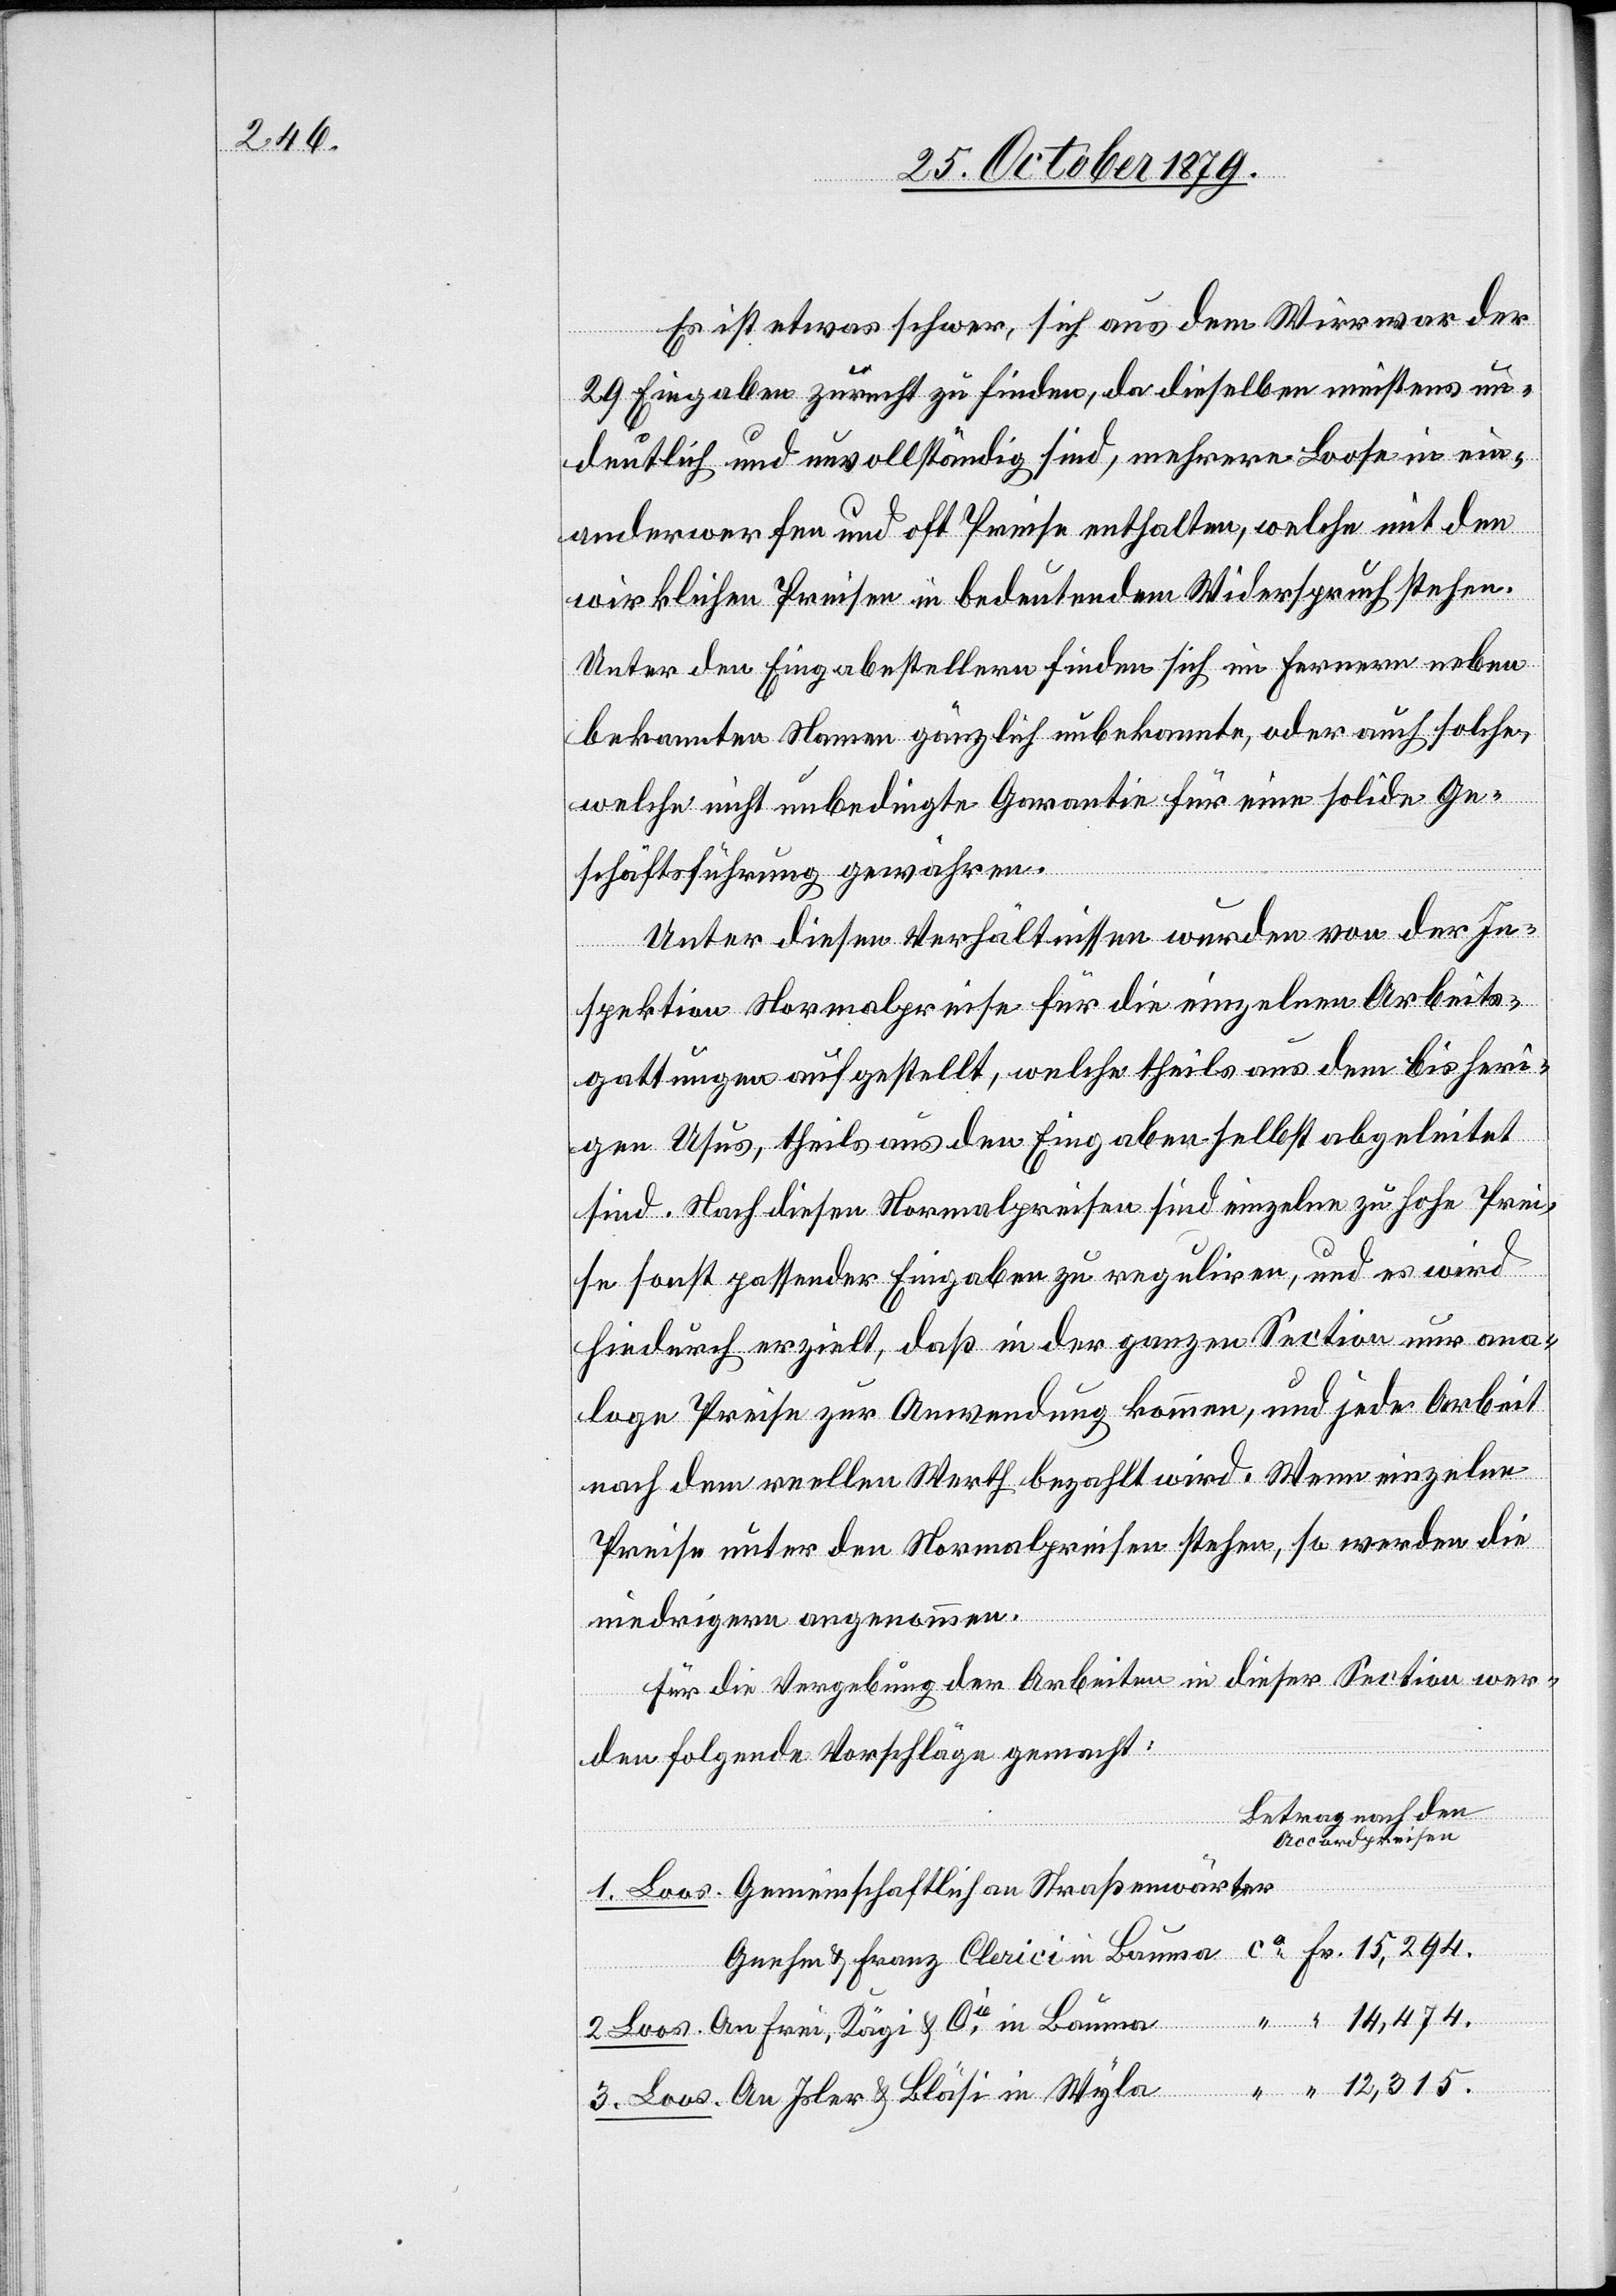
14,474.

Es ist etwas schwer, sich aus dem Wirrwar der
29 Eingaben zurecht zu finden, da dieselben meistens un¬
deutlich und unvollständig sind, mehrere Loose in ein¬
anderwerfen und oft Preise enthalten, welche mit den
wirklichen Preisen in bedeutendem Widerspruch stehen.
Unter den Eingabestellern finden sich im Fernern neben
bekannten Namen gänzlich unbekannte, oder auch solche,
welche nicht unbedingt Garantie für eine solide Ge¬
schäftsführung gewähren.
Unter diesen Verhältnissen wurden von der In¬
3.
spektion Normalpreise für die einzelnen Arbeits¬
gattungen aufgestellt, welche theils aus dem bisheri¬
gen Usus, theils aus den Eingaben selbst abgeleitet
sind. Nach diesen Normalpreisen sind einzelne zu hohe Prei¬
se sonst passender Eingaben zu reguliren, und es wird
hiedurch erzielt, daß in der ganzen Section nur ana¬
loge Preise zur Anwendung kommen, und jede Arbeit
nach dem reellen Werth bezahlt wird. Wenn einzelne
Preise unter den Normalpreisen stehen, so werden die
in
niedrigern angenommen.
Für die Vergebung der Arbeiten in dieser Section wer¬
den folgende Vorschläge gemacht:
Betrag nach den
Accordpreisen